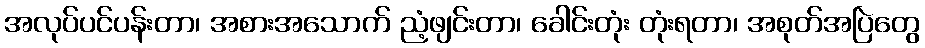
အလုပ်ပင်ပန်းတာ၊ အစားအသောက် ညံ့ဖျင်းတာ၊ ခေါင်းတုံး တုံးရတာ၊ အစုတ်အပြဲတွေ